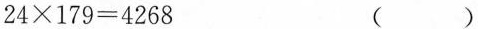
$$2 4 \times 1 7 9 = 4 2 6 8$$ ()